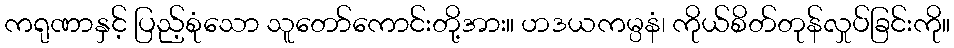
ကရုဏာနှင့် ပြည့်စုံသော သူတော်ကောင်းတို့အား။ ဟဒယကမ္ပနံ၊ ကိုယ်စိတ်တုန်လှုပ်ခြင်းကို။